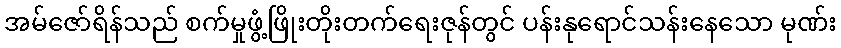
အမ်ဇော်ရိန်သည် စက်မှုဖွံ့ဖြိုးတိုးတက်ရေးဇုန်တွင် ပန်းနုရောင်သန်းနေသော မုဏ်း